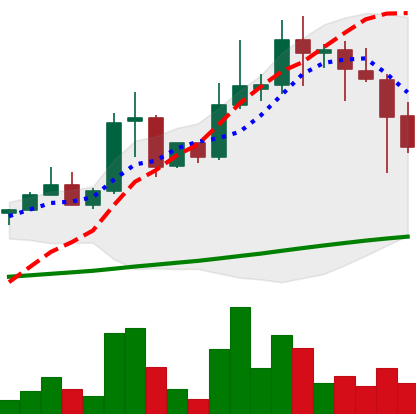
Ticker: XLM-USD
Chart end date: 2021-04-19
Forward return: -15.06%
Label: down_7plus